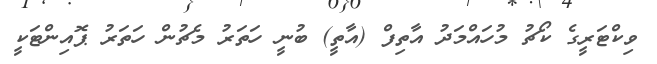
ވިކްޓަރީގެ ކޯޗު މުހައްމަދު އާތިފް (އާތީ) ބުނީ ހަތަރު މެޗުން ހަތަރު ޕޮއިންޓަކީ